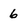
Character: 6